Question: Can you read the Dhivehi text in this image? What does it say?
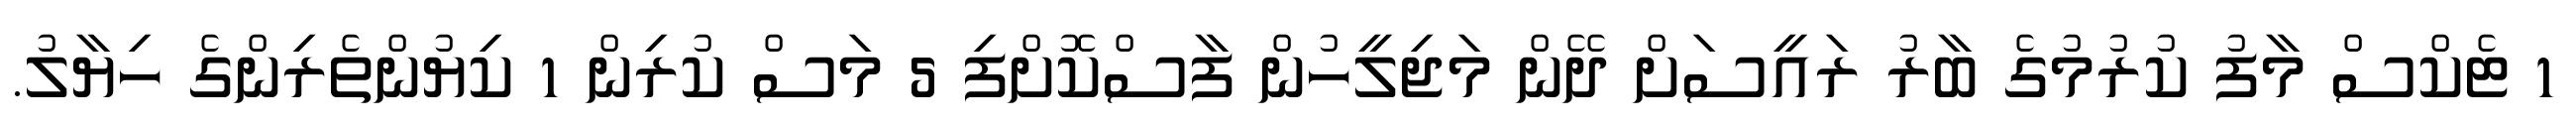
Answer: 1 ޓެކްސް މާފު ކުރުމުގެ ބާރު ރައީސަށް ދޭން މަޖިލީހުން ފާސްކޮށްފި 5 މަސް ކުރިން 1 ކިޔުންތެރިންގެ ހިޔާލު.